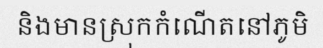
និងមានស្រុកកំណើតនៅភូមិ